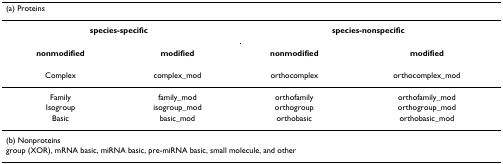
| <COLSPAN=4> (a) Proteins |
 | --- | --- | --- | --- |
 | <COLSPAN=2> species-specific | <COLSPAN=2> species-nonspecific |
 | nonmodified | modified | nonmodified | modified |
 | Complex | complex_mod | orthocomplex | orthocomplex_mod |
 | Family | family_mod | orthofamily | orthofamily_mod |
 | Isogroup | isogroup_mod | orthogroup | orthogroup_mod |
 | Basic | basic_mod | orthobasic | orthobasic_mod |
 | <COLSPAN=4> (b) Nonproteins |
 | <COLSPAN=4> group (XOR), mRNA basic, miRNA basic, pre-miRNA basic, small molecule, and other |